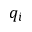
q _ { i }